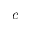
c